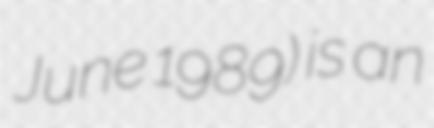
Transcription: June 1989) is an